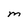
Character: M